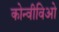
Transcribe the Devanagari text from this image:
कोन्वीविओ